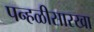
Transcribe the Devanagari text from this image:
पन्हळीसारखा